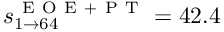
s _ { 1 \rightarrow 6 4 } ^ { \mathrm { ~ E ~ O ~ E ~ + ~ P ~ T ~ } } = 4 2 . 4